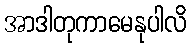
အာဒါတုကာမေနုပါလိ